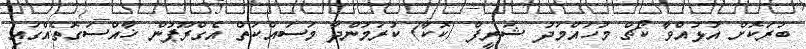
ބުރަކޮށް އުޅުއްވާ ކޯޗް މުހައްމަދު ޝަރީފް (ކޮކާ) ކުރަމުންދާ މަސައްކަތް އެގްރޫޕުން ޚާއްސަގޮތެއްގައި